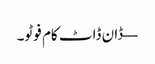
— ڈان ڈاٹ کام فوٹو۔